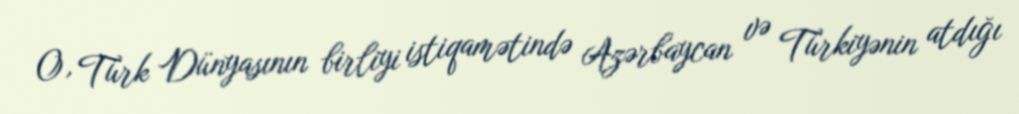
O, Türk Dünyasının birliyi istiqamətində Azərbaycan və Türkiyənin atdığı